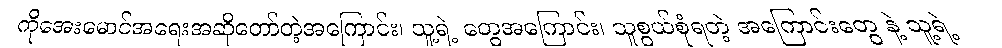
ကိုအေးမောင်အရေးအဆိုတော်တဲ့အကြောင်း၊ သူ့ရဲ့ တွေအကြောင်း၊ သူစွယ်စုံရတဲ့ အကြောင်းတွေ နဲ့ သူ့ရဲ့